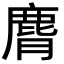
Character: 𪊒